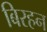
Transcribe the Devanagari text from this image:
बिरहन